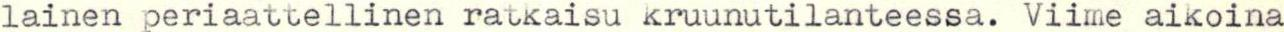
lainen periaattellinen ratkaisu kruunutilanteessa. Viime aikoina